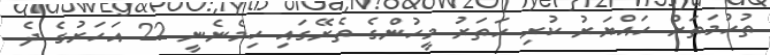
ތުހުމަތަށް ހައްޔަރު ކުރި ހަތަރު މީހުންގެ ތެރޭގައި ހިމެނެނީ 22 އަހަރުގެ ދެ